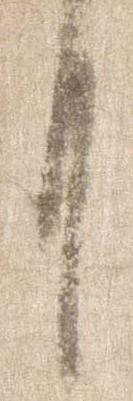
月